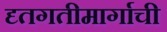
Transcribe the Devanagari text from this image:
दृतगतीमार्गाची